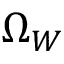
\Omega _ { W }